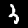
Label: 3